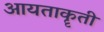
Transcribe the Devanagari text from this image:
आयताकॄती